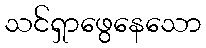
သင်ရှာဖွေနေသော